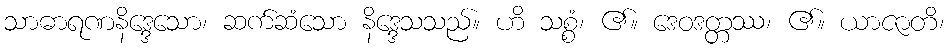
သာဓာရဏနိဒ္ဒေသော၊ ဆက်ဆံသော နိဒ္ဒေသသည်။ ဟိ သစ္စံ၊ ၏။ ဒေဝဒတ္တဿ၊ ၏။ ယာဇာတိ၊